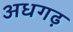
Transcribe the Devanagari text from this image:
अधगढ़